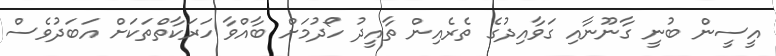
އީސީން ބުނީ ގާނޫނާއި ގަވާއިދުގެ ތެރެއިން ތާއީދު ހޯދުމަށް ބާއްވާ ހަރަކާތްތަކަށް އަބަދުވެސް